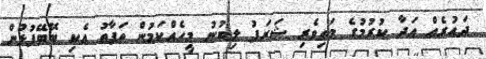
ދައުރެއް އަދާ ކުރުމުގެ މަތިވެރި ޝަރަފު ލިބުނު މީހެއްކަމުން ތަފާތު އެކި ބޭބޭފުޅުން